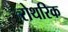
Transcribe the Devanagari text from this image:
रोथरिक